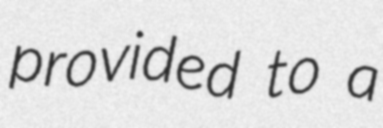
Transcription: provided to a